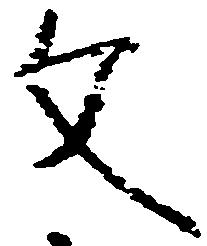
文